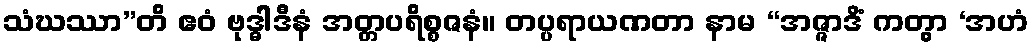
သံဃဿာ”တိ ဧဝံ ဗုဒ္ဓါဒီနံ အတ္တပရိစ္စဇနံ။ တပ္ပရာယဏတာ နာမ “အဇ္ဇာဒိံ ကတွာ ‘အဟံ